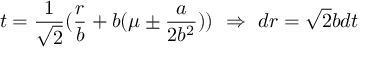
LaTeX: t = \frac { 1 } { \sqrt { 2 } } ( \frac { r } { b } + b ( \mu \pm \frac { a } { 2 b ^ { 2 } } ) ) \ \Rightarrow \ d r = \sqrt { 2 } b d t